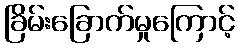
ခြိမ်းခြောက်မှုကြောင့်